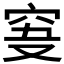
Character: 𥥞